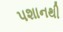
પશાનથી